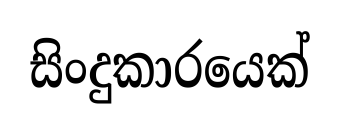
සිංදුකාරයෙක්